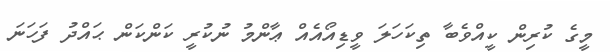
މީގެ ކުރިން ކީއްވެބާ ތިކަހަލަ ވީޑިއޯއެއް ޢާންމު ނުކުރީ ކަންކަން ޙައްދު ފަހަނަ